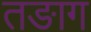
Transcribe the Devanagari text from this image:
तङाग